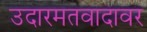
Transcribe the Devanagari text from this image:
उदारमतवादावर